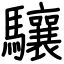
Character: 驤